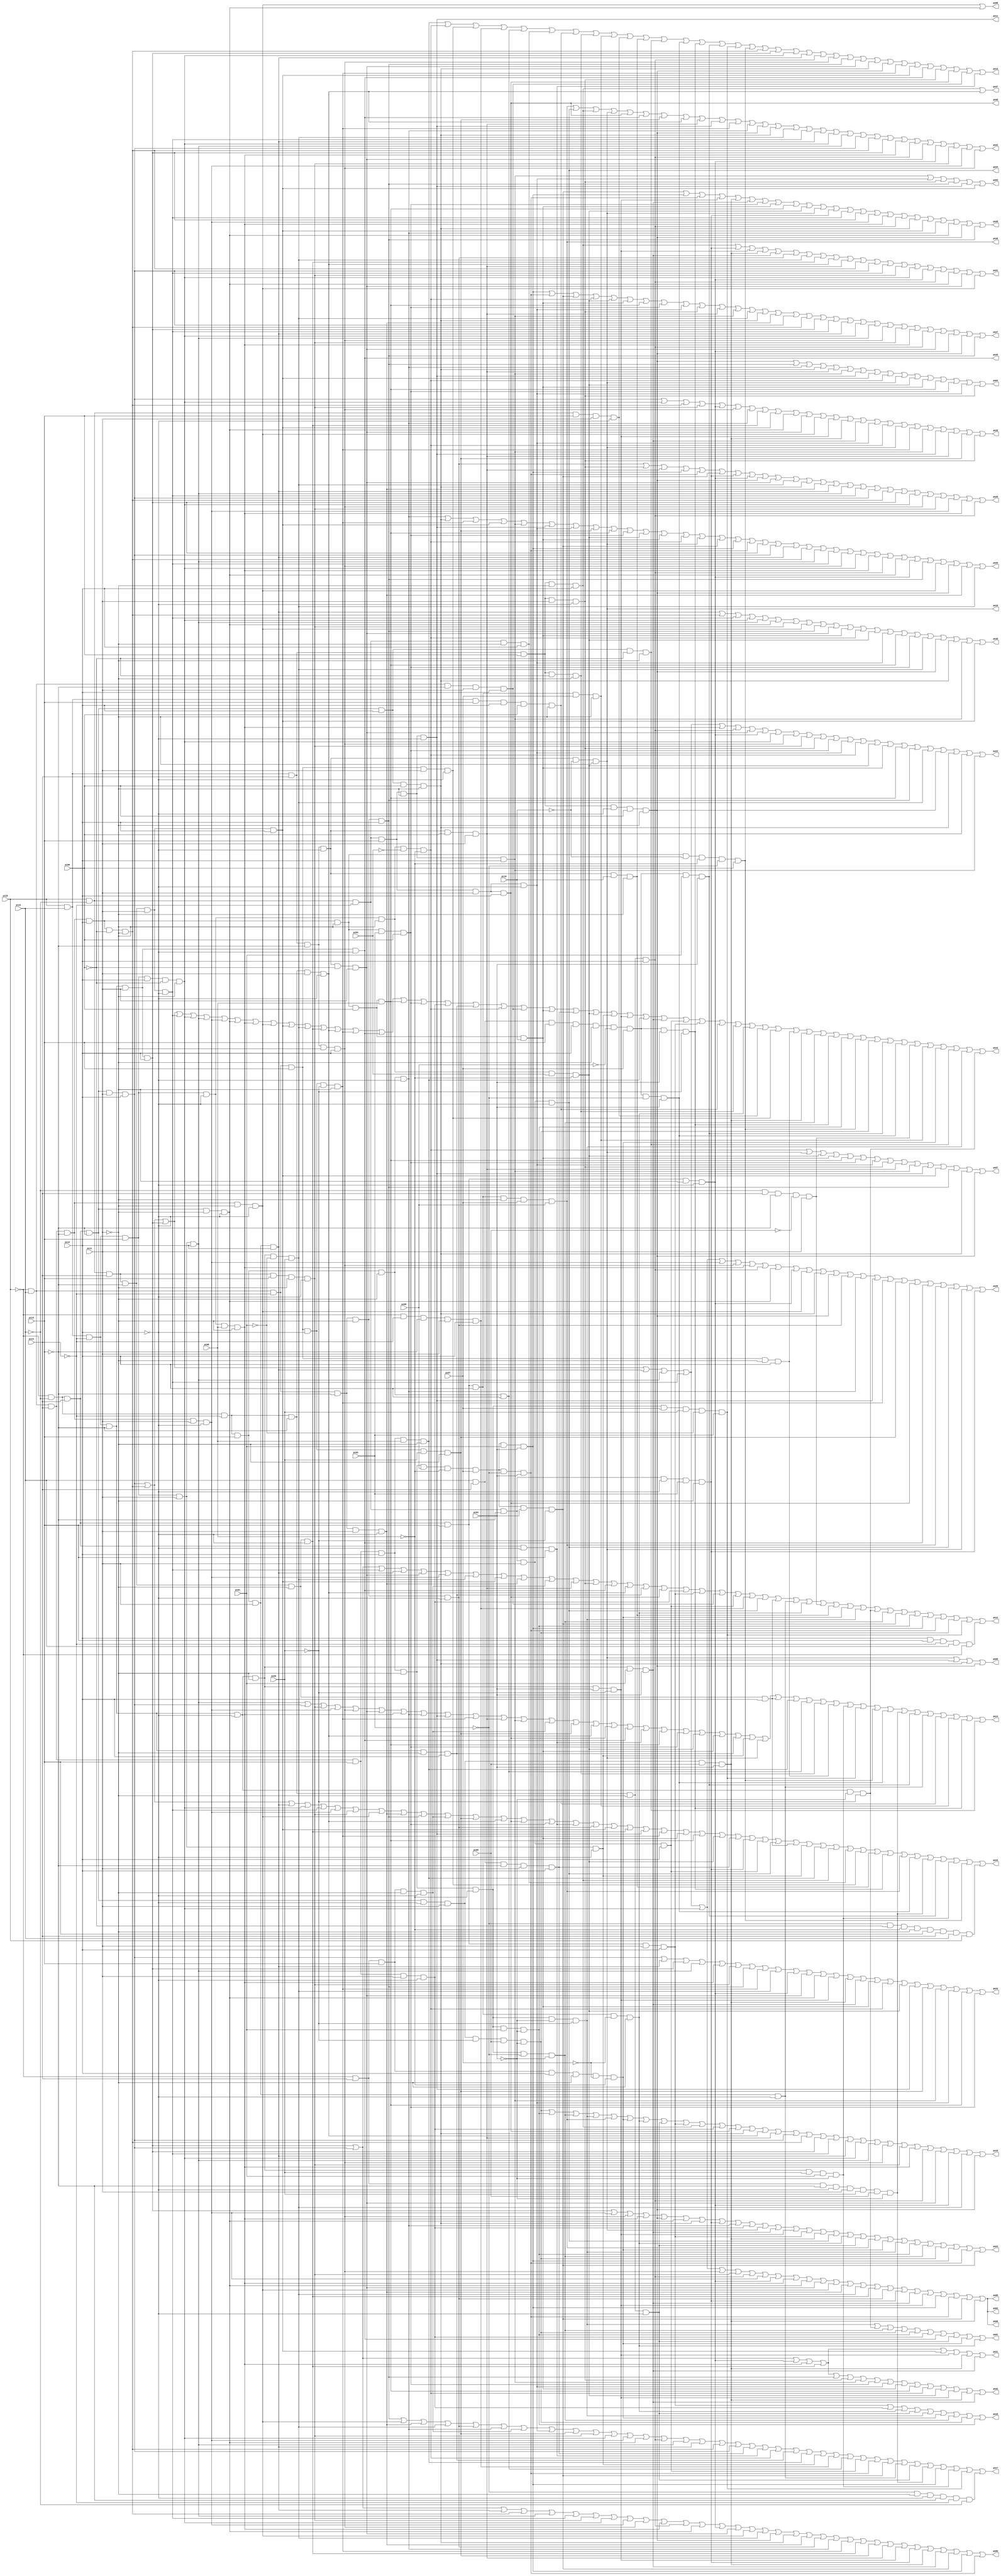
// Benchmark "vda" written by ABC on Thu Mar 19 13:02:36 2020

module vda ( 
    pi00, pi01, pi02, pi03, pi04, pi05, pi06, pi07, pi08, pi09, pi10, pi11,
    pi12, pi13, pi14, pi15, pi16,
    po00, po01, po02, po03, po04, po05, po06, po07, po08, po09, po10, po11,
    po12, po13, po14, po15, po16, po17, po18, po19, po20, po21, po22, po23,
    po24, po25, po26, po27, po28, po29, po30, po31, po32, po33, po34, po35,
    po36, po37, po38  );
  input  pi00, pi01, pi02, pi03, pi04, pi05, pi06, pi07, pi08, pi09,
    pi10, pi11, pi12, pi13, pi14, pi15, pi16;
  output po00, po01, po02, po03, po04, po05, po06, po07, po08, po09, po10,
    po11, po12, po13, po14, po15, po16, po17, po18, po19, po20, po21, po22,
    po23, po24, po25, po26, po27, po28, po29, po30, po31, po32, po33, po34,
    po35, po36, po37, po38;
  wire new_n96_, new_n97_, new_n98_, new_n99_, new_n100_, new_n101_,
    new_n102_, new_n103_, new_n104_, new_n105_, new_n106_, new_n107_,
    new_n108_, new_n109_, new_n110_, new_n111_, new_n112_, new_n113_,
    new_n114_, new_n115_, new_n116_, new_n117_, new_n118_, new_n119_,
    new_n120_, new_n121_, new_n122_, new_n123_, new_n124_, new_n125_,
    new_n126_, new_n127_, new_n128_, new_n129_, new_n130_, new_n131_,
    new_n132_, new_n133_, new_n134_, new_n135_, new_n136_, new_n137_,
    new_n138_, new_n139_, new_n140_, new_n141_, new_n142_, new_n143_,
    new_n144_, new_n145_, new_n146_, new_n147_, new_n148_, new_n149_,
    new_n150_, new_n151_, new_n152_, new_n153_, new_n154_, new_n155_,
    new_n156_, new_n157_, new_n158_, new_n159_, new_n160_, new_n161_,
    new_n162_, new_n163_, new_n164_, new_n165_, new_n166_, new_n167_,
    new_n168_, new_n169_, new_n170_, new_n171_, new_n172_, new_n173_,
    new_n174_, new_n175_, new_n176_, new_n177_, new_n178_, new_n179_;
  assign po00 = new_n134_ | new_n133_ | new_n136_ | new_n135_ | new_n138_ | new_n137_ | new_n140_ | new_n139_ | new_n105_ | new_n141_ | new_n144_ | new_n143_ | new_n146_ | new_n145_ | new_n106_ | new_n147_ | new_n150_ | new_n149_ | new_n152_ | new_n151_ | new_n155_ | new_n153_ | new_n157_ | new_n156_ | new_n163_ | new_n131_ | new_n110_ | new_n99_ | new_n118_ | new_n111_ | new_n178_ | new_n168_ | new_n172_;
  assign po01 = new_n176_ | new_n179_ | new_n175_ | new_n96_ | new_n173_ | new_n102_ | po35 | new_n121_ | new_n171_ | new_n125_;
  assign po02 = new_n133_ | new_n135_ | new_n134_ | new_n136_ | new_n138_ | new_n137_ | new_n139_ | new_n141_ | new_n140_ | new_n143_ | new_n105_ | new_n145_ | new_n144_ | new_n146_ | new_n106_ | new_n147_ | new_n151_ | new_n150_ | new_n156_ | new_n155_ | new_n99_ | new_n111_ | new_n110_ | new_n168_ | new_n172_ | new_n178_ | new_n118_;
  assign po03 = new_n128_ | new_n164_ | new_n161_ | new_n127_ | po11 | new_n154_;
  assign po04 = new_n149_ | new_n127_ | new_n153_ | new_n152_ | new_n131_ | new_n128_ | po11 | new_n154_ | new_n104_ | po10 | new_n98_ | new_n97_ | new_n103_ | new_n148_ | new_n164_ | new_n161_;
  assign po05 = new_n133_ | new_n135_ | new_n134_ | new_n136_ | new_n138_ | new_n137_ | new_n139_ | new_n141_ | new_n140_ | new_n143_ | new_n105_ | new_n145_ | new_n144_ | new_n146_ | new_n106_ | new_n147_ | new_n151_ | new_n150_ | new_n156_ | new_n155_ | new_n99_ | new_n111_ | new_n110_ | new_n168_ | new_n172_ | new_n178_ | new_n118_;
  assign po06 = new_n133_ | new_n135_ | new_n134_ | new_n136_ | new_n138_ | new_n137_ | new_n139_ | new_n141_ | new_n140_ | new_n143_ | new_n105_ | new_n145_ | new_n144_ | new_n146_ | new_n106_ | new_n147_ | new_n151_ | new_n150_ | new_n156_ | new_n155_ | new_n99_ | new_n111_ | new_n110_ | new_n168_ | new_n172_ | new_n178_ | new_n118_;
  assign po07 = new_n104_ | po10 | new_n98_ | new_n97_ | new_n103_ | new_n148_ | new_n164_ | new_n161_ | new_n131_ | new_n128_ | po11 | new_n154_ | new_n127_ | new_n152_ | new_n149_;
  assign po08 = new_n147_ | new_n146_;
  assign po09 = po10 | po11 | new_n152_ | new_n149_;
  assign po10 = pi16 & pi15 & pi14 & ~pi13 & ~pi12 & ~pi10 & ~pi11;
  assign po11 = pi16 & ~pi15 & ~pi14 & pi13 & ~pi11 & ~pi12;
  assign po12 = new_n134_ | new_n133_ | new_n137_ | new_n136_ | new_n106_ | new_n105_ | new_n150_ | new_n154_ | new_n151_ | new_n142_ | new_n131_ | new_n161_ | po35 | new_n162_ | new_n101_ | po38 | new_n102_ | new_n112_ | new_n132_ | new_n114_ | new_n113_ | po34 | new_n115_ | new_n126_ | new_n125_ | new_n130_ | new_n177_ | new_n171_ | new_n176_ | new_n179_ | new_n175_ | new_n178_ | new_n173_ | new_n168_ | new_n172_ | new_n96_ | new_n158_ | (pi12 & pi13 & ~pi14 & pi15 & ~pi16);
  assign po13 = new_n109_ | new_n104_ | new_n116_ | new_n113_ | new_n119_ | new_n117_ | new_n123_ | new_n122_ | new_n129_ | new_n124_ | new_n177_ | new_n160_ | new_n174_ | new_n167_ | new_n165_ | new_n158_ | new_n169_ | new_n135_ | new_n134_ | new_n139_ | new_n136_ | new_n143_ | new_n141_ | new_n127_ | new_n106_ | new_n152_ | new_n149_ | new_n157_ | new_n154_ | po35 | new_n161_ | po38 | new_n132_ | new_n166_;
  assign po14 = new_n138_ | new_n133_ | new_n140_ | new_n105_ | new_n141_ | new_n106_ | new_n144_ | new_n153_ | po11 | new_n157_ | new_n131_ | new_n128_ | new_n142_ | new_n163_ | new_n162_ | po38 | po35 | new_n166_ | new_n103_ | new_n148_ | new_n98_ | new_n97_ | new_n101_ | new_n107_ | po10 | new_n115_ | new_n109_ | new_n119_ | new_n122_ | new_n120_ | new_n170_ | new_n158_ | new_n169_ | new_n174_ | new_n159_ | new_n165_ | new_n126_ | new_n123_ | new_n129_ | new_n167_ | new_n160_;
  assign po15 = new_n133_ | new_n135_ | new_n134_ | new_n137_ | new_n139_ | new_n138_ | new_n105_ | new_n146_ | new_n144_ | new_n147_ | new_n154_ | new_n150_ | new_n156_ | new_n162_ | new_n157_ | po35 | new_n103_ | new_n148_ | new_n102_ | new_n101_ | new_n104_ | new_n132_ | new_n97_ | new_n100_ | new_n98_ | new_n107_ | new_n110_ | new_n109_ | new_n111_ | new_n114_ | new_n112_ | new_n123_ | new_n122_ | new_n125_ | new_n124_ | new_n116_ | new_n120_ | new_n118_ | new_n175_ | new_n167_ | new_n173_ | new_n169_ | new_n96_ | new_n165_ | new_n174_ | new_n130_ | new_n129_ | new_n171_ | new_n160_ | new_n176_ | new_n179_;
  assign po16 = new_n135_ | new_n133_ | new_n136_ | new_n139_ | new_n137_ | new_n105_ | new_n140_ | new_n147_ | new_n151_ | new_n127_ | new_n142_ | new_n163_ | new_n162_ | po38 | new_n148_ | new_n166_ | new_n155_ | new_n154_ | new_n156_ | po11 | new_n157_ | new_n97_ | new_n103_ | new_n98_ | new_n100_ | new_n99_ | new_n114_ | po34 | new_n115_ | new_n107_ | new_n109_ | new_n108_ | new_n117_ | new_n116_ | new_n177_ | new_n167_ | po36 | new_n174_ | new_n159_ | new_n165_ | new_n170_ | new_n169_ | (~pi02 & ~pi06 & ~pi08 & ~pi11 & pi13 & pi14 & pi15 & pi16);
  assign po17 = new_n127_ | new_n147_ | new_n151_ | new_n150_ | new_n155_ | new_n153_ | new_n142_ | new_n164_ | new_n163_ | new_n140_ | new_n139_ | new_n105_ | new_n146_ | new_n143_ | new_n138_ | new_n136_ | new_n135_ | new_n133_ | new_n100_ | new_n166_ | new_n104_ | new_n101_ | new_n109_ | new_n107_ | new_n113_ | new_n119_ | new_n114_ | new_n172_ | new_n178_ | new_n126_ | new_n121_ | new_n159_ | new_n168_ | new_n170_ | new_n158_ | (~pi02 & ~pi11 & ~pi12 & ~pi13 & ~pi14 & ~pi15);
  assign po18 = new_n112_ | new_n102_ | new_n125_ | new_n121_ | new_n176_ | new_n171_ | new_n175_ | new_n96_ | new_n173_;
  assign po19 = new_n96_ | new_n173_ | new_n175_ | new_n176_ | po36 | new_n171_ | new_n125_ | new_n121_ | new_n112_ | new_n108_ | new_n102_ | po38 | new_n152_ | new_n162_ | new_n131_ | new_n133_ | new_n135_ | new_n134_ | new_n137_ | new_n136_ | new_n139_ | new_n138_ | new_n141_ | new_n140_ | new_n144_ | new_n143_ | new_n106_ | new_n145_ | new_n150_ | new_n149_;
  assign po20 = new_n133_ | new_n135_ | new_n134_ | new_n136_ | new_n138_ | new_n137_ | new_n139_ | new_n105_ | new_n141_ | new_n144_ | new_n143_ | new_n146_ | new_n145_ | new_n147_ | new_n152_ | new_n149_ | new_n155_ | new_n153_ | po11 | new_n157_ | new_n163_ | po38 | po35 | po36 | po34 | po10 | new_n99_;
  assign po21 = new_n108_ | new_n99_ | new_n110_ | new_n118_ | new_n111_ | new_n155_ | new_n150_ | new_n156_ | new_n162_ | new_n131_ | new_n135_ | new_n133_ | new_n137_ | new_n140_ | new_n139_ | new_n145_ | new_n143_ | new_n146_ | new_n106_ | new_n147_;
  assign po22 = po36 | po34 | new_n108_ | po10 | po38 | po35 | new_n163_ | new_n162_ | new_n131_ | po11 | new_n157_ | new_n153_ | new_n149_ | new_n152_ | new_n150_ | new_n137_ | new_n136_ | new_n139_ | new_n138_ | new_n133_ | new_n135_ | new_n134_ | new_n144_ | new_n143_ | new_n106_ | new_n145_ | new_n140_ | new_n105_ | new_n141_;
  assign po23 = new_n134_ | new_n105_ | new_n141_ | new_n144_ | new_n149_ | new_n146_ | new_n152_ | new_n99_ | new_n153_ | new_n102_ | po10 | new_n111_ | new_n110_ | new_n112_ | new_n118_ | po34 | new_n125_ | new_n121_ | po36 | new_n171_ | new_n176_ | new_n173_ | new_n175_ | new_n96_ | new_n168_ | new_n172_ | new_n178_;
  assign po24 = new_n133_ | new_n135_ | new_n134_ | new_n136_ | new_n138_ | new_n137_ | new_n144_ | new_n143_ | new_n106_ | new_n145_ | new_n139_ | new_n141_ | new_n140_ | new_n161_ | new_n148_ | new_n164_ | new_n104_ | new_n98_ | new_n97_ | new_n103_ | new_n127_ | new_n150_ | new_n149_ | new_n152_ | new_n131_ | new_n128_;
  assign po25 = new_n153_ | new_n152_ | new_n157_ | new_n154_ | new_n128_ | po11 | new_n164_ | new_n163_ | new_n103_ | new_n148_ | new_n98_ | new_n97_ | new_n104_ | po10 | new_n178_ | new_n168_ | new_n172_ | new_n134_ | new_n133_ | new_n136_ | new_n135_ | new_n138_ | new_n137_ | new_n141_ | new_n139_ | new_n144_ | new_n143_ | new_n146_ | new_n145_ | new_n127_ | new_n147_ | new_n149_ | new_n151_ | new_n150_;
  assign po26 = new_n133_ | new_n139_ | new_n135_ | new_n140_ | new_n145_ | new_n141_ | new_n153_ | new_n156_ | new_n154_ | new_n146_ | new_n106_ | new_n147_ | new_n110_ | new_n118_ | new_n111_ | new_n164_ | new_n104_ | po10 | new_n157_ | new_n128_ | po11 | new_n131_ | new_n163_ | new_n161_;
  assign po27 = new_n168_ | new_n172_ | new_n178_ | new_n104_ | new_n98_ | new_n97_ | new_n103_ | new_n148_ | new_n164_ | new_n161_ | new_n131_ | new_n128_ | new_n150_ | new_n152_ | new_n151_ | new_n133_ | new_n135_ | new_n134_ | new_n137_ | new_n136_ | new_n139_ | new_n138_ | new_n141_ | new_n140_ | new_n144_ | new_n143_ | new_n106_ | new_n145_ | new_n149_ | new_n127_;
  assign po28 = new_n178_ | new_n168_ | new_n172_ | new_n110_ | new_n118_ | new_n111_ | new_n148_ | new_n97_ | new_n103_ | new_n98_ | po10 | new_n99_ | new_n137_ | new_n134_ | new_n105_ | new_n144_ | new_n143_ | new_n152_ | new_n154_ | new_n153_ | new_n146_ | new_n149_ | new_n127_;
  assign po29 = new_n155_ | new_n161_ | new_n131_ | new_n168_ | new_n172_ | new_n178_ | new_n99_ | new_n145_ | new_n149_ | new_n106_ | new_n150_ | new_n152_ | new_n151_ | new_n136_ | new_n138_ | new_n137_ | new_n133_ | new_n135_ | new_n134_ | new_n139_ | new_n141_ | new_n140_ | new_n105_ | new_n144_ | new_n143_;
  assign po30 = new_n136_ | new_n135_ | new_n137_ | new_n139_ | new_n138_ | new_n146_ | new_n140_ | new_n147_ | new_n127_ | new_n106_ | new_n97_ | new_n104_ | new_n98_ | new_n164_ | new_n103_ | new_n148_ | new_n150_ | new_n149_ | new_n152_ | new_n128_ | new_n154_;
  assign po31 = new_n134_ | new_n133_ | new_n145_ | new_n144_ | new_n156_ | new_n154_ | new_n110_ | new_n118_ | new_n111_;
  assign po32 = new_n134_ | new_n133_ | new_n145_ | new_n144_ | new_n156_ | new_n127_ | new_n161_ | new_n128_ | new_n148_ | new_n164_ | new_n97_ | new_n103_ | new_n104_ | new_n98_ | new_n110_ | new_n118_ | new_n111_;
  assign po33 = new_n133_ | new_n136_ | new_n134_ | new_n138_ | new_n144_ | new_n140_ | new_n127_ | new_n157_ | new_n150_ | new_n145_ | new_n106_ | new_n146_ | new_n110_ | new_n118_ | new_n111_ | new_n97_ | new_n104_ | new_n98_ | po11 | new_n163_ | new_n128_ | new_n164_ | new_n103_ | new_n148_;
  assign po34 = pi16 & ~pi15 & ~pi14 & ~pi13 & pi11 & ~pi12;
  assign po35 = pi16 & pi15 & ~pi14 & ~pi13 & pi11 & ~pi12;
  assign po36 = ~pi16 & ~pi15 & pi14 & pi13 & pi12 & ~pi11 & pi07 & pi09;
  assign po37 = new_n108_ | new_n162_;
  assign po38 = pi16 & ~pi15 & ~pi14 & pi13 & pi11 & pi12;
  assign new_n96_ = ~pi16 & ~pi15 & pi14 & ~pi13 & ~pi12 & pi11 & ~pi05 & pi00 & ~pi04;
  assign new_n97_ = ~pi16 & pi15 & pi14 & ~pi13 & pi12 & ~pi11 & pi06 & pi10;
  assign new_n98_ = pi16 & pi15 & ~pi14 & pi13 & ~pi12 & ~pi11 & pi03 & ~pi08;
  assign new_n99_ = pi16 & ~pi15 & ~pi14 & ~pi13 & ~pi12 & pi02 & ~pi11;
  assign new_n100_ = pi15 & pi14 & ~pi13 & pi11 & pi12;
  assign new_n101_ = pi16 & pi15 & ~pi14 & ~pi13 & ~pi11 & pi12;
  assign new_n102_ = ~pi16 & pi15 & pi14 & pi13 & pi11 & ~pi12;
  assign new_n103_ = ~pi16 & pi15 & pi14 & ~pi13 & pi12 & ~pi11 & pi06 & pi08;
  assign new_n104_ = pi16 & pi15 & ~pi14 & pi13 & ~pi12 & ~pi11 & ~pi03 & ~pi08;
  assign new_n105_ = ~pi16 & pi15 & pi14 & ~pi13 & pi11 & ~pi12;
  assign new_n106_ = pi16 & pi15 & pi14 & ~pi13 & ~pi12 & ~pi06 & pi11;
  assign new_n107_ = pi16 & pi15 & ~pi14 & pi13 & pi11 & ~pi12;
  assign new_n108_ = pi16 & pi15 & pi14 & pi13 & ~pi11 & pi12;
  assign new_n109_ = ~pi16 & pi15 & pi14 & pi13 & pi12 & pi08 & ~pi11;
  assign new_n110_ = pi16 & pi15 & ~pi14 & ~pi13 & ~pi12 & ~pi11 & pi04 & ~pi05;
  assign new_n111_ = pi16 & pi15 & ~pi14 & ~pi13 & ~pi12 & ~pi11 & pi01 & pi04;
  assign new_n112_ = ~pi16 & ~pi15 & pi14 & pi13 & pi11 & pi12;
  assign new_n113_ = ~pi16 & ~pi14 & ~pi13 & pi11 & pi12;
  assign new_n114_ = pi16 & ~pi15 & ~pi14 & ~pi13 & pi11 & pi12;
  assign new_n115_ = pi16 & ~pi15 & pi14 & ~pi13 & ~pi11 & pi12;
  assign new_n116_ = ~pi16 & pi15 & ~pi14 & pi13 & pi11 & ~pi12;
  assign new_n117_ = pi16 & ~pi15 & ~pi14 & ~pi11 & pi12;
  assign new_n118_ = ~pi16 & ~pi15 & pi14 & ~pi13 & ~pi12 & pi11 & pi00 & pi04;
  assign new_n119_ = ~pi16 & ~pi15 & ~pi14 & pi13 & ~pi11 & pi12;
  assign new_n120_ = ~pi16 & pi15 & ~pi14 & pi13 & ~pi11 & pi12;
  assign new_n121_ = ~pi16 & ~pi15 & ~pi14 & ~pi13 & ~pi11 & ~pi12;
  assign new_n122_ = pi16 & pi15 & pi14 & pi13 & ~pi06 & ~pi11;
  assign new_n123_ = pi16 & pi15 & pi13 & pi12 & pi06 & ~pi11;
  assign new_n124_ = pi16 & ~pi15 & pi13 & pi11 & ~pi12;
  assign new_n125_ = ~pi16 & ~pi15 & pi14 & pi13 & pi12 & ~pi07 & ~pi11;
  assign new_n126_ = ~pi16 & ~pi15 & ~pi14 & pi13 & pi11 & ~pi12;
  assign new_n127_ = ~pi16 & pi15 & ~pi14 & ~pi13 & ~pi11 & pi12;
  assign new_n128_ = pi16 & ~pi15 & ~pi14 & pi13 & ~pi11 & pi12;
  assign new_n129_ = ~pi16 & ~pi15 & pi14 & pi13 & pi12 & pi07 & ~pi11;
  assign new_n130_ = ~pi15 & pi14 & ~pi13 & ~pi00 & pi11;
  assign new_n131_ = pi16 & pi15 & pi14 & ~pi13 & ~pi12 & pi06 & pi11;
  assign new_n132_ = ~pi16 & pi15 & ~pi13 & pi11 & pi12;
  assign new_n133_ = ~pi16 & ~pi15 & pi14 & ~pi13 & pi11 & pi12;
  assign new_n134_ = pi16 & pi15 & ~pi14 & ~pi13 & pi11 & pi12;
  assign new_n135_ = ~pi16 & pi15 & pi14 & ~pi13 & pi12 & ~pi06 & ~pi11;
  assign new_n136_ = ~pi16 & ~pi15 & ~pi14 & pi13 & pi11 & pi12;
  assign new_n137_ = pi16 & ~pi15 & pi14 & ~pi13 & pi11 & ~pi12;
  assign new_n138_ = pi16 & pi15 & ~pi14 & pi13 & pi11 & pi12;
  assign new_n139_ = pi16 & pi15 & ~pi14 & pi13 & pi12 & ~pi06 & ~pi11;
  assign new_n140_ = pi16 & ~pi15 & pi14 & pi13 & ~pi11 & ~pi12;
  assign new_n141_ = pi16 & pi15 & pi14 & ~pi13 & ~pi11 & pi12;
  assign new_n142_ = ~pi16 & pi14 & pi13 & ~pi11 & ~pi12;
  assign new_n143_ = ~pi16 & ~pi15 & ~pi14 & ~pi13 & ~pi11 & pi12;
  assign new_n144_ = pi16 & pi15 & ~pi14 & pi13 & ~pi12 & pi08 & ~pi11;
  assign new_n145_ = ~pi16 & ~pi15 & pi14 & pi13 & ~pi11 & ~pi12;
  assign new_n146_ = ~pi16 & ~pi15 & pi14 & ~pi13 & ~pi11 & ~pi12;
  assign new_n147_ = ~pi16 & pi15 & pi14 & ~pi13 & ~pi11 & ~pi12;
  assign new_n148_ = ~pi16 & pi15 & pi14 & ~pi13 & pi12 & ~pi11 & pi02 & pi06;
  assign new_n149_ = pi16 & pi15 & pi14 & pi13 & ~pi12 & pi06 & ~pi11;
  assign new_n150_ = pi16 & pi15 & ~pi14 & ~pi13 & ~pi12 & ~pi11 & ~pi01 & pi05;
  assign new_n151_ = ~pi16 & pi15 & ~pi14 & ~pi13 & pi11 & ~pi12;
  assign new_n152_ = ~pi16 & ~pi15 & pi14 & ~pi13 & pi12 & pi06 & ~pi11;
  assign new_n153_ = ~pi16 & ~pi15 & ~pi14 & pi13 & ~pi11 & ~pi12;
  assign new_n154_ = pi16 & ~pi15 & pi14 & ~pi13 & pi11 & pi12;
  assign new_n155_ = ~pi16 & pi15 & ~pi14 & ~pi13 & ~pi11 & ~pi12;
  assign new_n156_ = pi16 & ~pi15 & pi14 & ~pi13 & ~pi11 & ~pi12;
  assign new_n157_ = ~pi16 & pi15 & ~pi14 & pi13 & ~pi12 & ~pi05 & ~pi11;
  assign new_n158_ = ~pi16 & pi15 & pi14 & pi13 & pi12 & ~pi11 & ~pi08 & pi07 & pi05 & ~pi01 & pi02;
  assign new_n159_ = ~pi16 & pi14 & ~pi13 & ~pi12 & pi11 & pi05 & pi00 & ~pi04;
  assign new_n160_ = ~pi16 & ~pi15 & pi14 & ~pi13 & pi12 & ~pi06 & ~pi11;
  assign new_n161_ = pi16 & pi15 & pi14 & pi13 & pi11 & ~pi12;
  assign new_n162_ = ~pi16 & ~pi15 & ~pi14 & ~pi13 & pi11 & ~pi12;
  assign new_n163_ = ~pi16 & pi15 & ~pi14 & pi13 & ~pi12 & pi05 & ~pi11;
  assign new_n164_ = pi16 & ~pi15 & ~pi14 & pi13 & pi11 & ~pi12;
  assign new_n165_ = pi15 & pi14 & pi13 & pi12 & ~pi11 & ~pi09 & pi07 & pi01 & pi04;
  assign new_n166_ = ~pi16 & ~pi15 & pi14 & ~pi12 & pi13;
  assign new_n167_ = pi15 & pi14 & pi13 & pi12 & ~pi11 & ~pi09 & pi07 & pi04 & ~pi05;
  assign new_n168_ = ~pi16 & pi15 & pi14 & pi13 & pi12 & ~pi11 & pi09 & ~pi08 & pi07 & pi01 & pi04;
  assign new_n169_ = ~pi16 & pi15 & pi14 & ~pi13 & pi12 & ~pi11 & ~pi10 & ~pi08 & ~pi02 & pi06;
  assign new_n170_ = pi16 & pi15 & ~pi14 & ~pi13 & ~pi12 & ~pi11 & pi05 & pi01 & ~pi04;
  assign new_n171_ = ~pi16 & pi14 & pi13 & pi12 & ~pi11 & ~pi07 & ~pi08;
  assign new_n172_ = ~pi16 & pi15 & pi14 & pi13 & pi12 & ~pi11 & pi09 & ~pi08 & pi07 & ~pi02 & pi04;
  assign new_n173_ = ~pi16 & pi15 & pi14 & pi13 & pi12 & ~pi11 & ~pi08 & pi01 & ~pi04;
  assign new_n174_ = pi15 & pi14 & pi13 & pi12 & ~pi11 & ~pi09 & pi07 & ~pi02 & pi04;
  assign new_n175_ = ~pi16 & pi15 & pi14 & pi13 & pi12 & ~pi11 & ~pi08 & ~pi02 & ~pi04;
  assign new_n176_ = ~pi16 & pi15 & pi14 & pi13 & pi12 & ~pi11 & ~pi08 & ~pi04 & ~pi05;
  assign new_n177_ = pi16 & pi15 & pi14 & ~pi13 & ~pi12 & pi10 & ~pi11;
  assign new_n178_ = ~pi16 & pi15 & pi14 & pi13 & pi12 & ~pi11 & pi09 & ~pi08 & pi07 & pi04 & ~pi05;
  assign new_n179_ = pi16 & pi15 & ~pi14 & ~pi13 & ~pi12 & ~pi04 & ~pi05;
endmodule